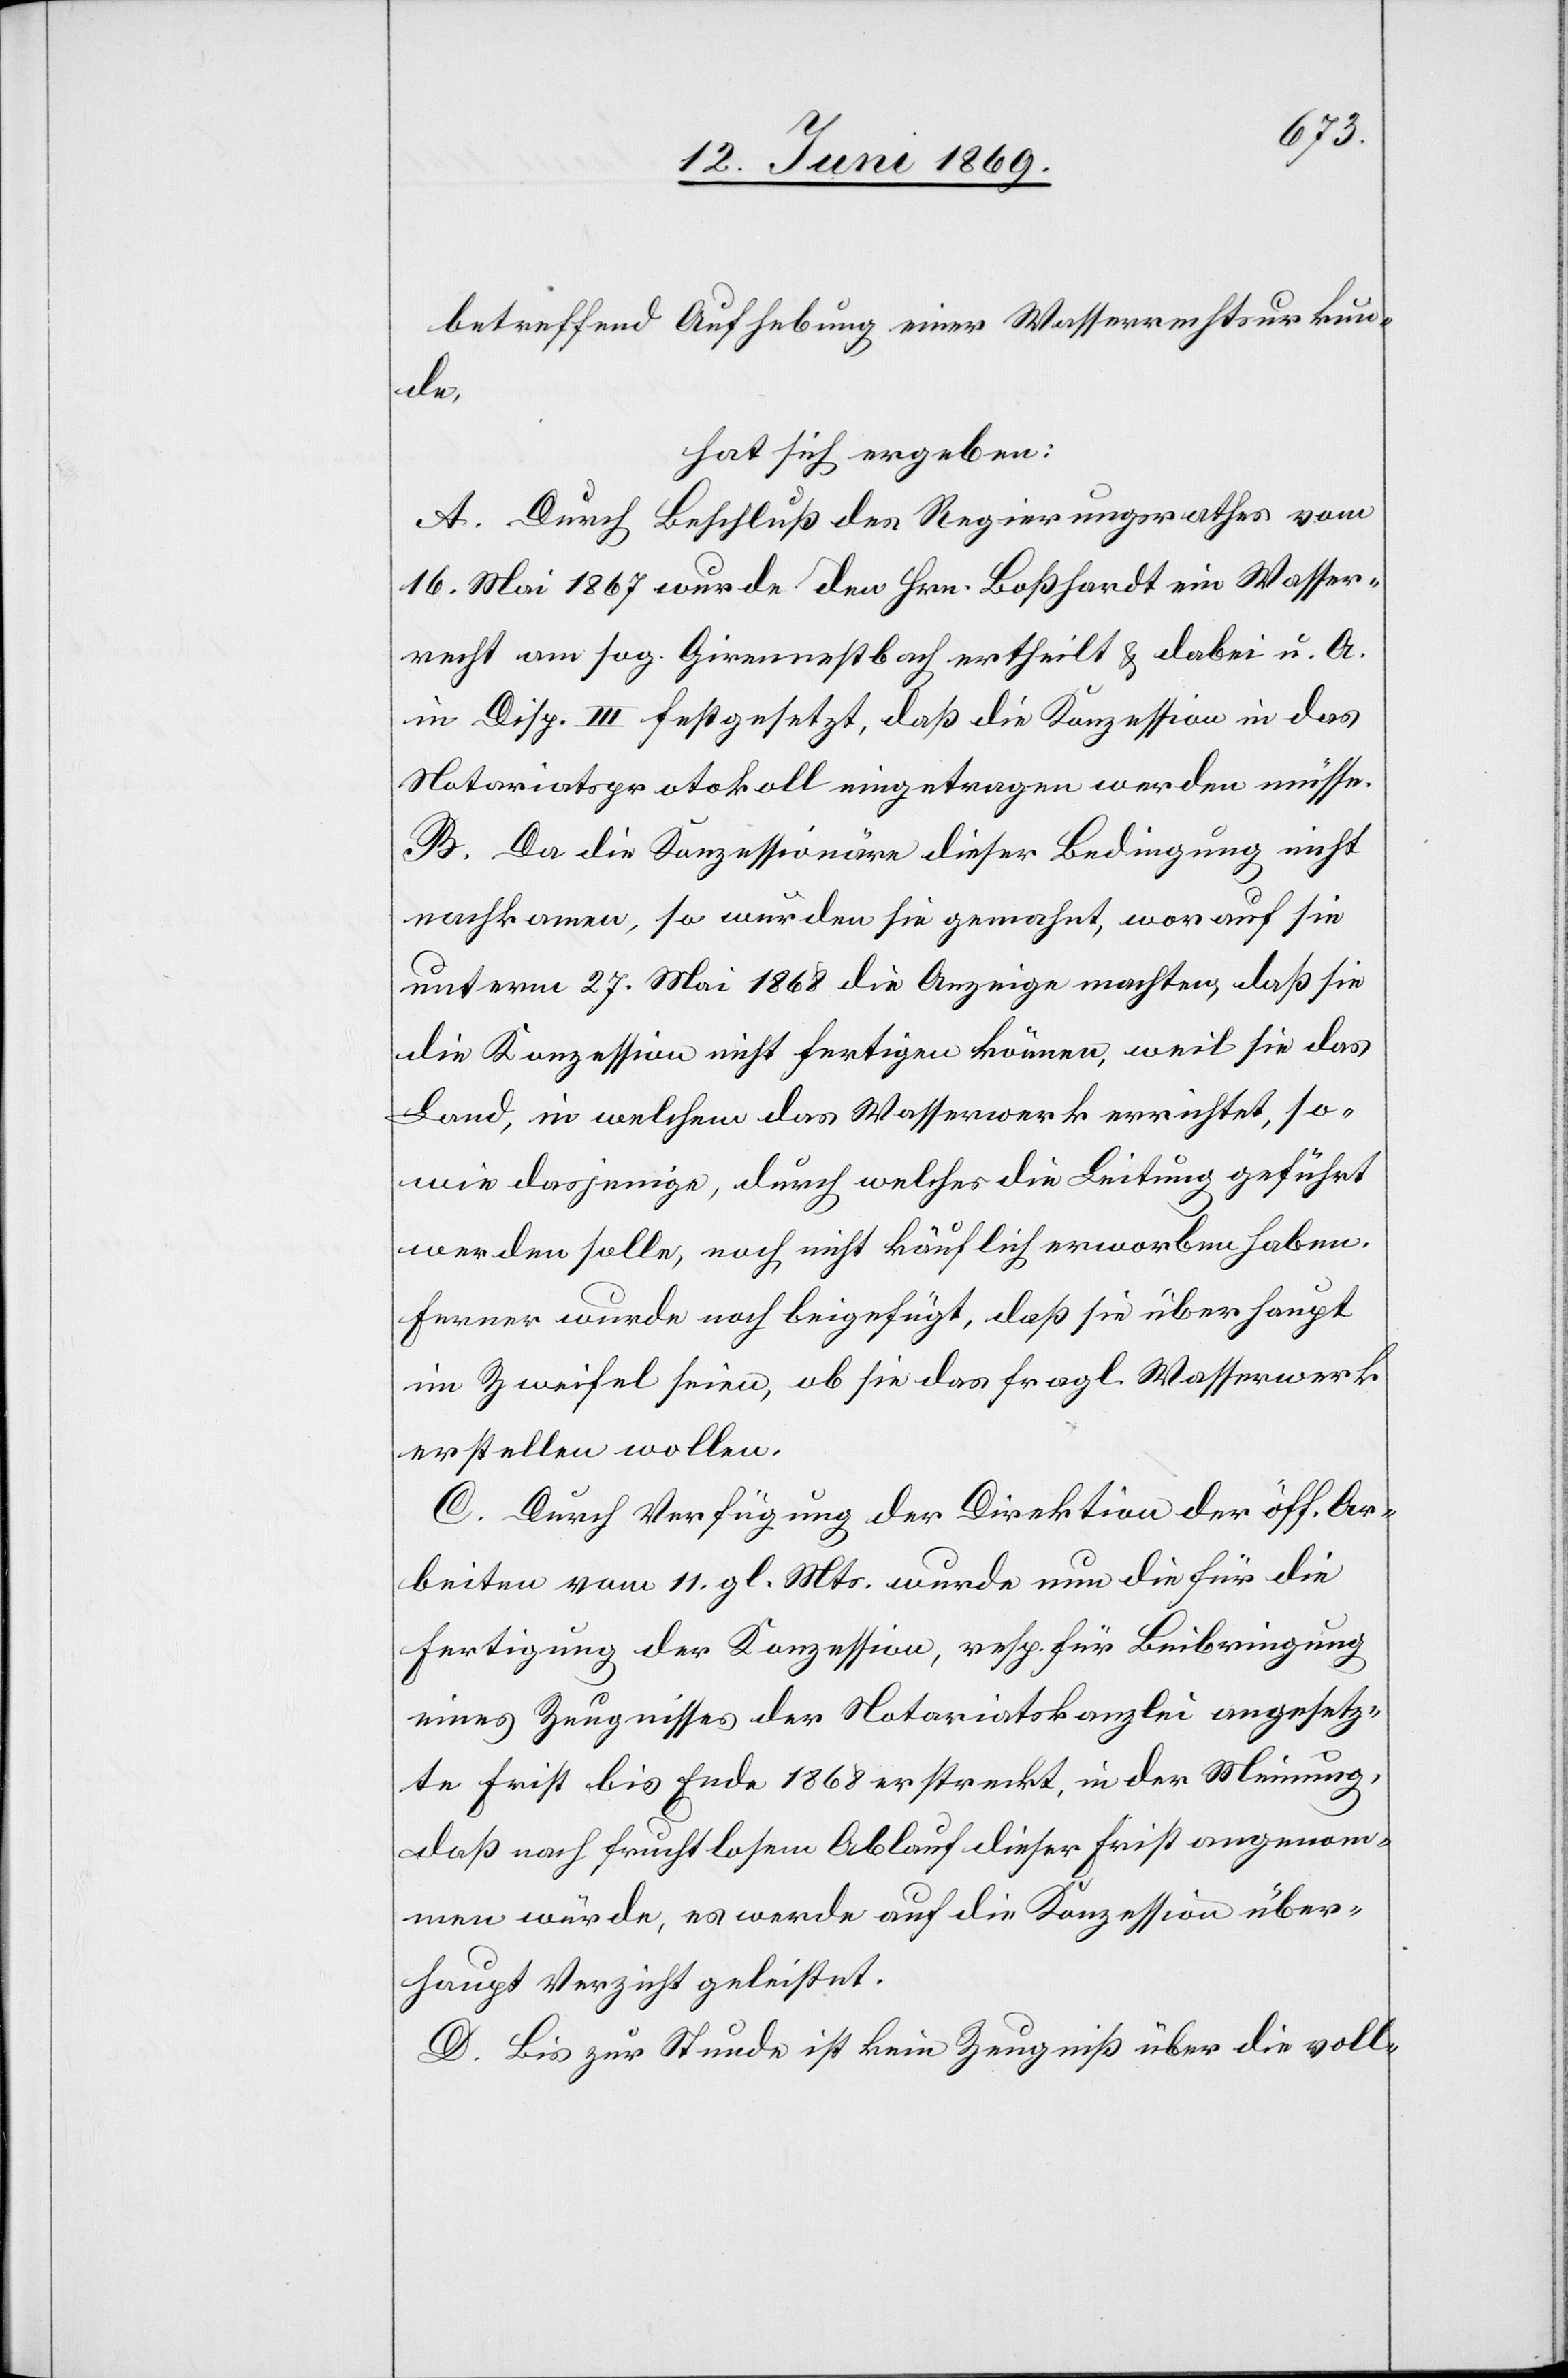
betreffend Aufhebung einer Wasserrechtsurkun¬
de,
hat sich ergeben:
A. Durch Beschluß des Regierungsrathes vom
16 Mai 1867 wurde den Hrn. Boßhardt ein Wasser¬
recht am sog. Girennestbach ertheilt u. dabei u. A.
in Disp. III festgesetzt, daß die Konzession in das
Notariatsprotokoll eingetragen werden müsse.
B. Da die Konzessionäre dieser Bedingung nicht
nachkommen, so wurden sie gemahnt, worauf sie
unterm 27 Mai 1868 die Anzeige machten, daß sie
die Konzession nicht fertigen können, weil sie das
Land, in welchem das Wasserwerk errichtet, so¬
wie dasjenige durch welches die Leitung geführt
werden solle, noch nicht käuflich erworben haben.
Ferner wurde noch beigefügt, daß sie überhaupt
in Zweifel seien, ob sie das fragl. Wasserwerk
erstellen wollen.
C. Durch Verfügung der Direktion der öff. Ar¬
beiten vom 11 gl. Mts. wurde nun die für die
Fertigung der Konzession, resp. für Beibringung
eines Zeugnisses der Notariatskanzlei angesetz¬
te Frist bis Ende 1868 erstreckt, in der Meinung,
daß nach fruchtlosem Ablauf dieser Frist angenom¬
men würde, es werde auf die Konzession über¬
haupt Verzicht geleistet.
D. Bis zur Stunde ist kein Zeugniß über die voll-